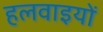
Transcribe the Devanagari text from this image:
हलवाइयों